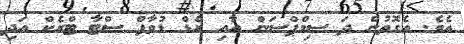
އެވެ. އެގޮތުން ދަ ސިމްޕްސަން އާއި ރެޑް ޑުވާފް ސްޓާ ޓްރެކް އަދި